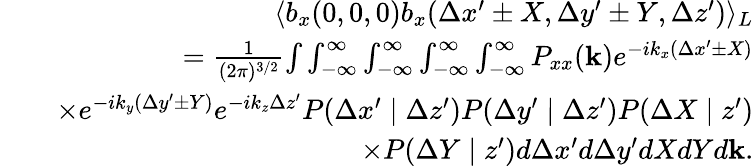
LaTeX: \begin{array}{rlr}&{}&{\langle b_{x}(0,0,0)b_{x}(\Delta x^{\prime}\pm X,\Delta y^{\prime}\pm Y,\Delta z^{\prime})\rangle_{L}}\\ &{}&{=\frac{1}{(2\pi)^{3/2}}{\int}\int_{-\infty}^{\infty}\int_{-\infty}^{\infty}\int_{-\infty}^{\infty}\int_{-\infty}^{\infty}P_{xx}(\mathbf{k})e^{-ik_{x}(\Delta x^{\prime}\pm X)}}\\ &{}&{\times e^{-ik_{y}(\Delta y^{\prime}\pm Y)}e^{-ik_{z}\Delta z^{\prime}}P(\Delta x^{\prime}\mid\Delta z^{\prime})P(\Delta y^{\prime}\mid\Delta z^{\prime})P(\Delta X\mid z^{\prime})}\\ &{}&{\times P(\Delta Y\mid z^{\prime})d\Delta x^{\prime}d\Delta y^{\prime}dXdYd\mathbf{k}.}\end{array}